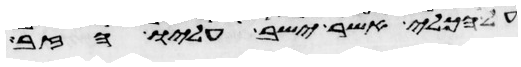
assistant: על הכלי אשר ישב עליו הזב